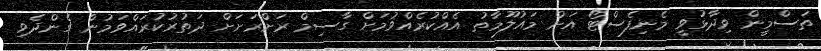
ތަސްމީން ވިދާޅުވީ މެނިފެސްޓޯ އަށް މައުލޫމާތު އެއްކުރެއްވުމަށް ގާސިމް ރަށްރަށަށް ދަތުރުކުރައްވަމުން ގެންދެވި